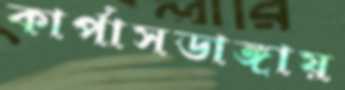
কার্পাসডাঙ্গায়